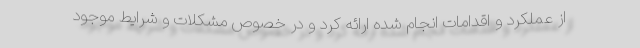
از عملکرد و اقدامات انجام شده ارائه کرد و در خصوص مشکلات و شرایط موجود